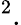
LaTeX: ^2.